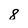
Character: 8